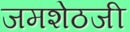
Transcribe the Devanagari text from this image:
जमशेठजी